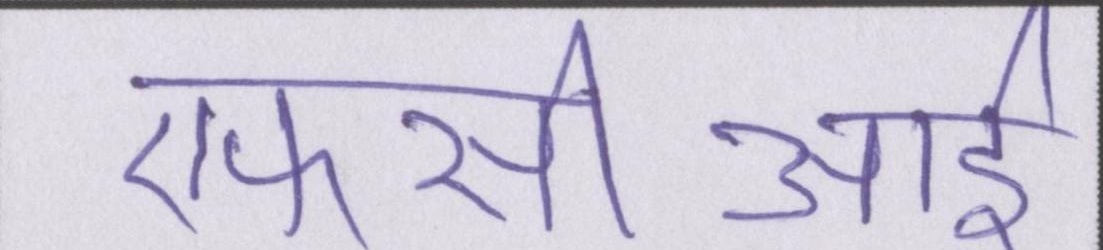
एफसीआई